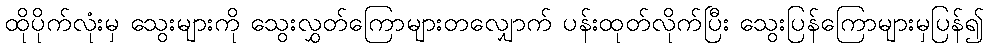
ထိုပိုက်လုံးမှ သွေးများကို သွေးလွှတ်ကြောများတလျှောက် ပန်းထုတ်လိုက်ပြီး သွေးပြန်ကြောများမှပြန်၍